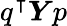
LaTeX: q^{\intercal}\boldsymbol{Y}p